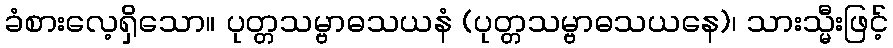
ခံစားလေ့ရှိသော။ ပုတ္တသမ္ဗာဓသယနံ (ပုတ္တသမ္ဗာဓသယနေ)၊ သားသ္မီးဖြင့်